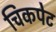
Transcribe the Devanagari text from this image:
चिकपेट